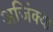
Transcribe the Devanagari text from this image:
अजिंक्या